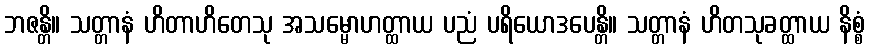
ဘဇန္တိ။ သတ္တာနံ ဟိတာဟိတေသု အသမ္မောဟတ္ထာယ ပညံ ပရိယောဒပေန္တိ။ သတ္တာနံ ဟိတသုခတ္ထာယ နိစ္စံ